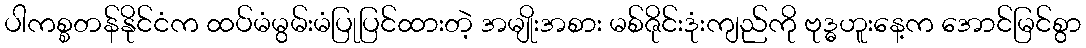
ပါကစ္စတန်နိုင်ငံက ထပ်မံမွမ်းမံပြုပြင်ထားတဲ့ အမျိုးအစား မစ်ဇိုင်းဒုံးကျည်ကို ဗုဒ္ဓဟူးနေ့က အောင်မြင်စွာ